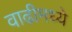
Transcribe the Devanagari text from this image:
वाढीमध्ये